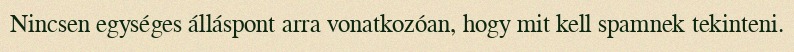
Nincsen egységes álláspont arra vonatkozóan, hogy mit kell spamnek tekinteni.